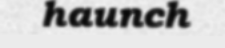
haunch